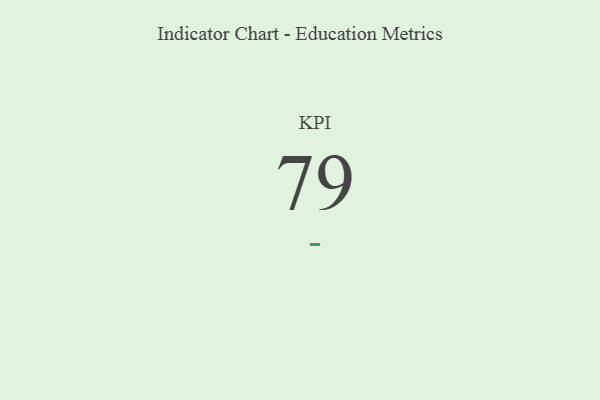
{"axis": {"x": "KPI", "y": "Value"}, "legend": [""], "data": [{"x": "KPI", "y": 79, "type": ""}]}